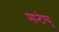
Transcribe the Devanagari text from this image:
मान्टेग्यू